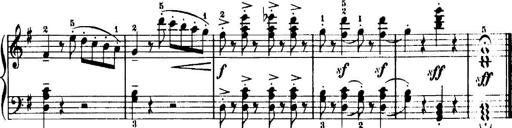
Title: 7 Sonatinas
Composer: Anton Diabelli